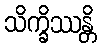
သိက္ခိဿန္တိ